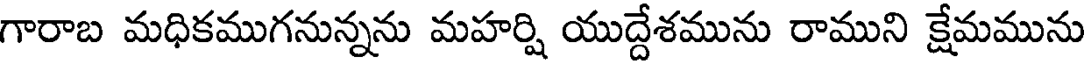
గారాబ మధికముగనున్నను మహర్షి యుద్దేశమును రాముని క్షేమమును